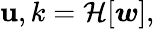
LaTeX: \mathbf{u},k=\mathcal{H}[\boldsymbol{w}],